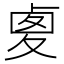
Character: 𠧾